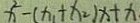
x ^ { 2 } - ( x _ { 1 } + x _ { 2 } ) x + x